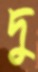
দু